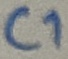
Text: C1